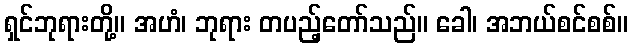
ရှင်ဘုရားတို့။ အဟံ၊ ဘုရား တပည့်တော်သည်။ ခေါ၊ အဘယ်စင်စစ်။